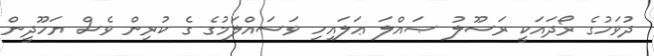
ދުވަހުގެ ރޯދައަކީ ރަސޫލު ޞައްލަ ޢަލައިހި ވަސައްލަމުގެ ގެ ކުރިން ވެސް ޔަހޫދީން